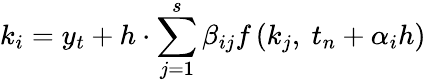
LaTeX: k_{i}=y_{t}+h\cdot\sum_{j=1}^{s}\beta_{ij}f\left(k_{j},\ t_{n}+\alpha_{i}h\right)